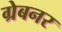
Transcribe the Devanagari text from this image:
ग्रेबनर